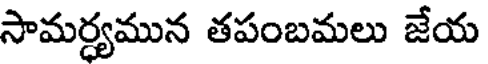
సామర్ధ్యమున తపంబమలు జేయ